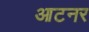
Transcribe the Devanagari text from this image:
आटनर